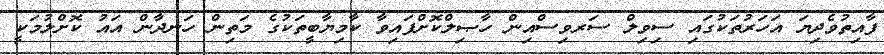
ފާއިތުވެދިޔަ އަހަރުތަކުގައި ސިވިލް ސަރވިސްއިން ހާޞިލްކޮށްފައިވާ ކާމިޔާބީތަކުގެ މަތިން ހަނދާން އައު ކޮށްލުމަކީ